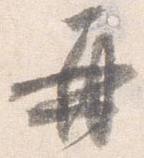
再